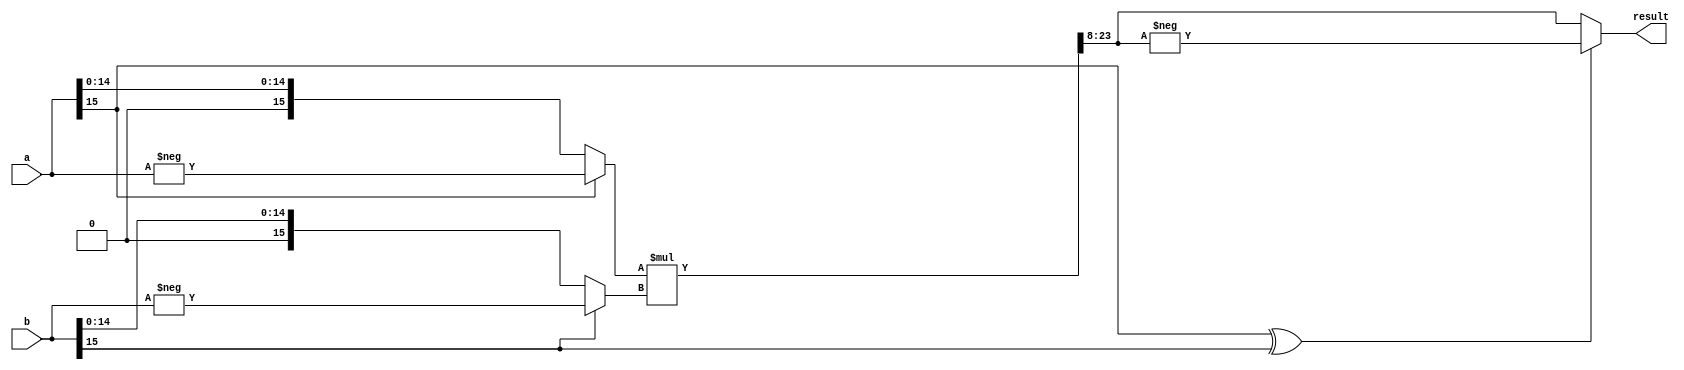

module multiplier_signed(
    input signed [15:0] a, // 16-bit input a
    input signed [15:0] b, // 16-bit input b
    output signed [15:0] result // 16-bit output result
);

// wire [23:0] multi_result; // First 8 for integer, 16 for fractional part



wire signed [15:0] abs_a, abs_b; // absolute value of a and b
wire signed [15:0] pos_ab16, pos_a; // positive part of a*b - shortened
wire signed [23:0] pos_ab24; // positive part of a*b

assign abs_a = a[15]? -a:a;
assign abs_b = b[15]? -b:b;

assign pos_ab24 = abs_a * abs_b;
assign pos_ab16 = pos_ab24[23:8];

assign result = (a[15]^b[15])?-pos_ab16: pos_ab16;

endmodule